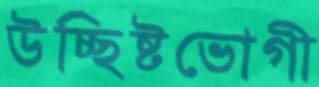
উচ্ছিষ্টভোগী